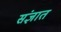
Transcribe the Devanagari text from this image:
संज्ञात